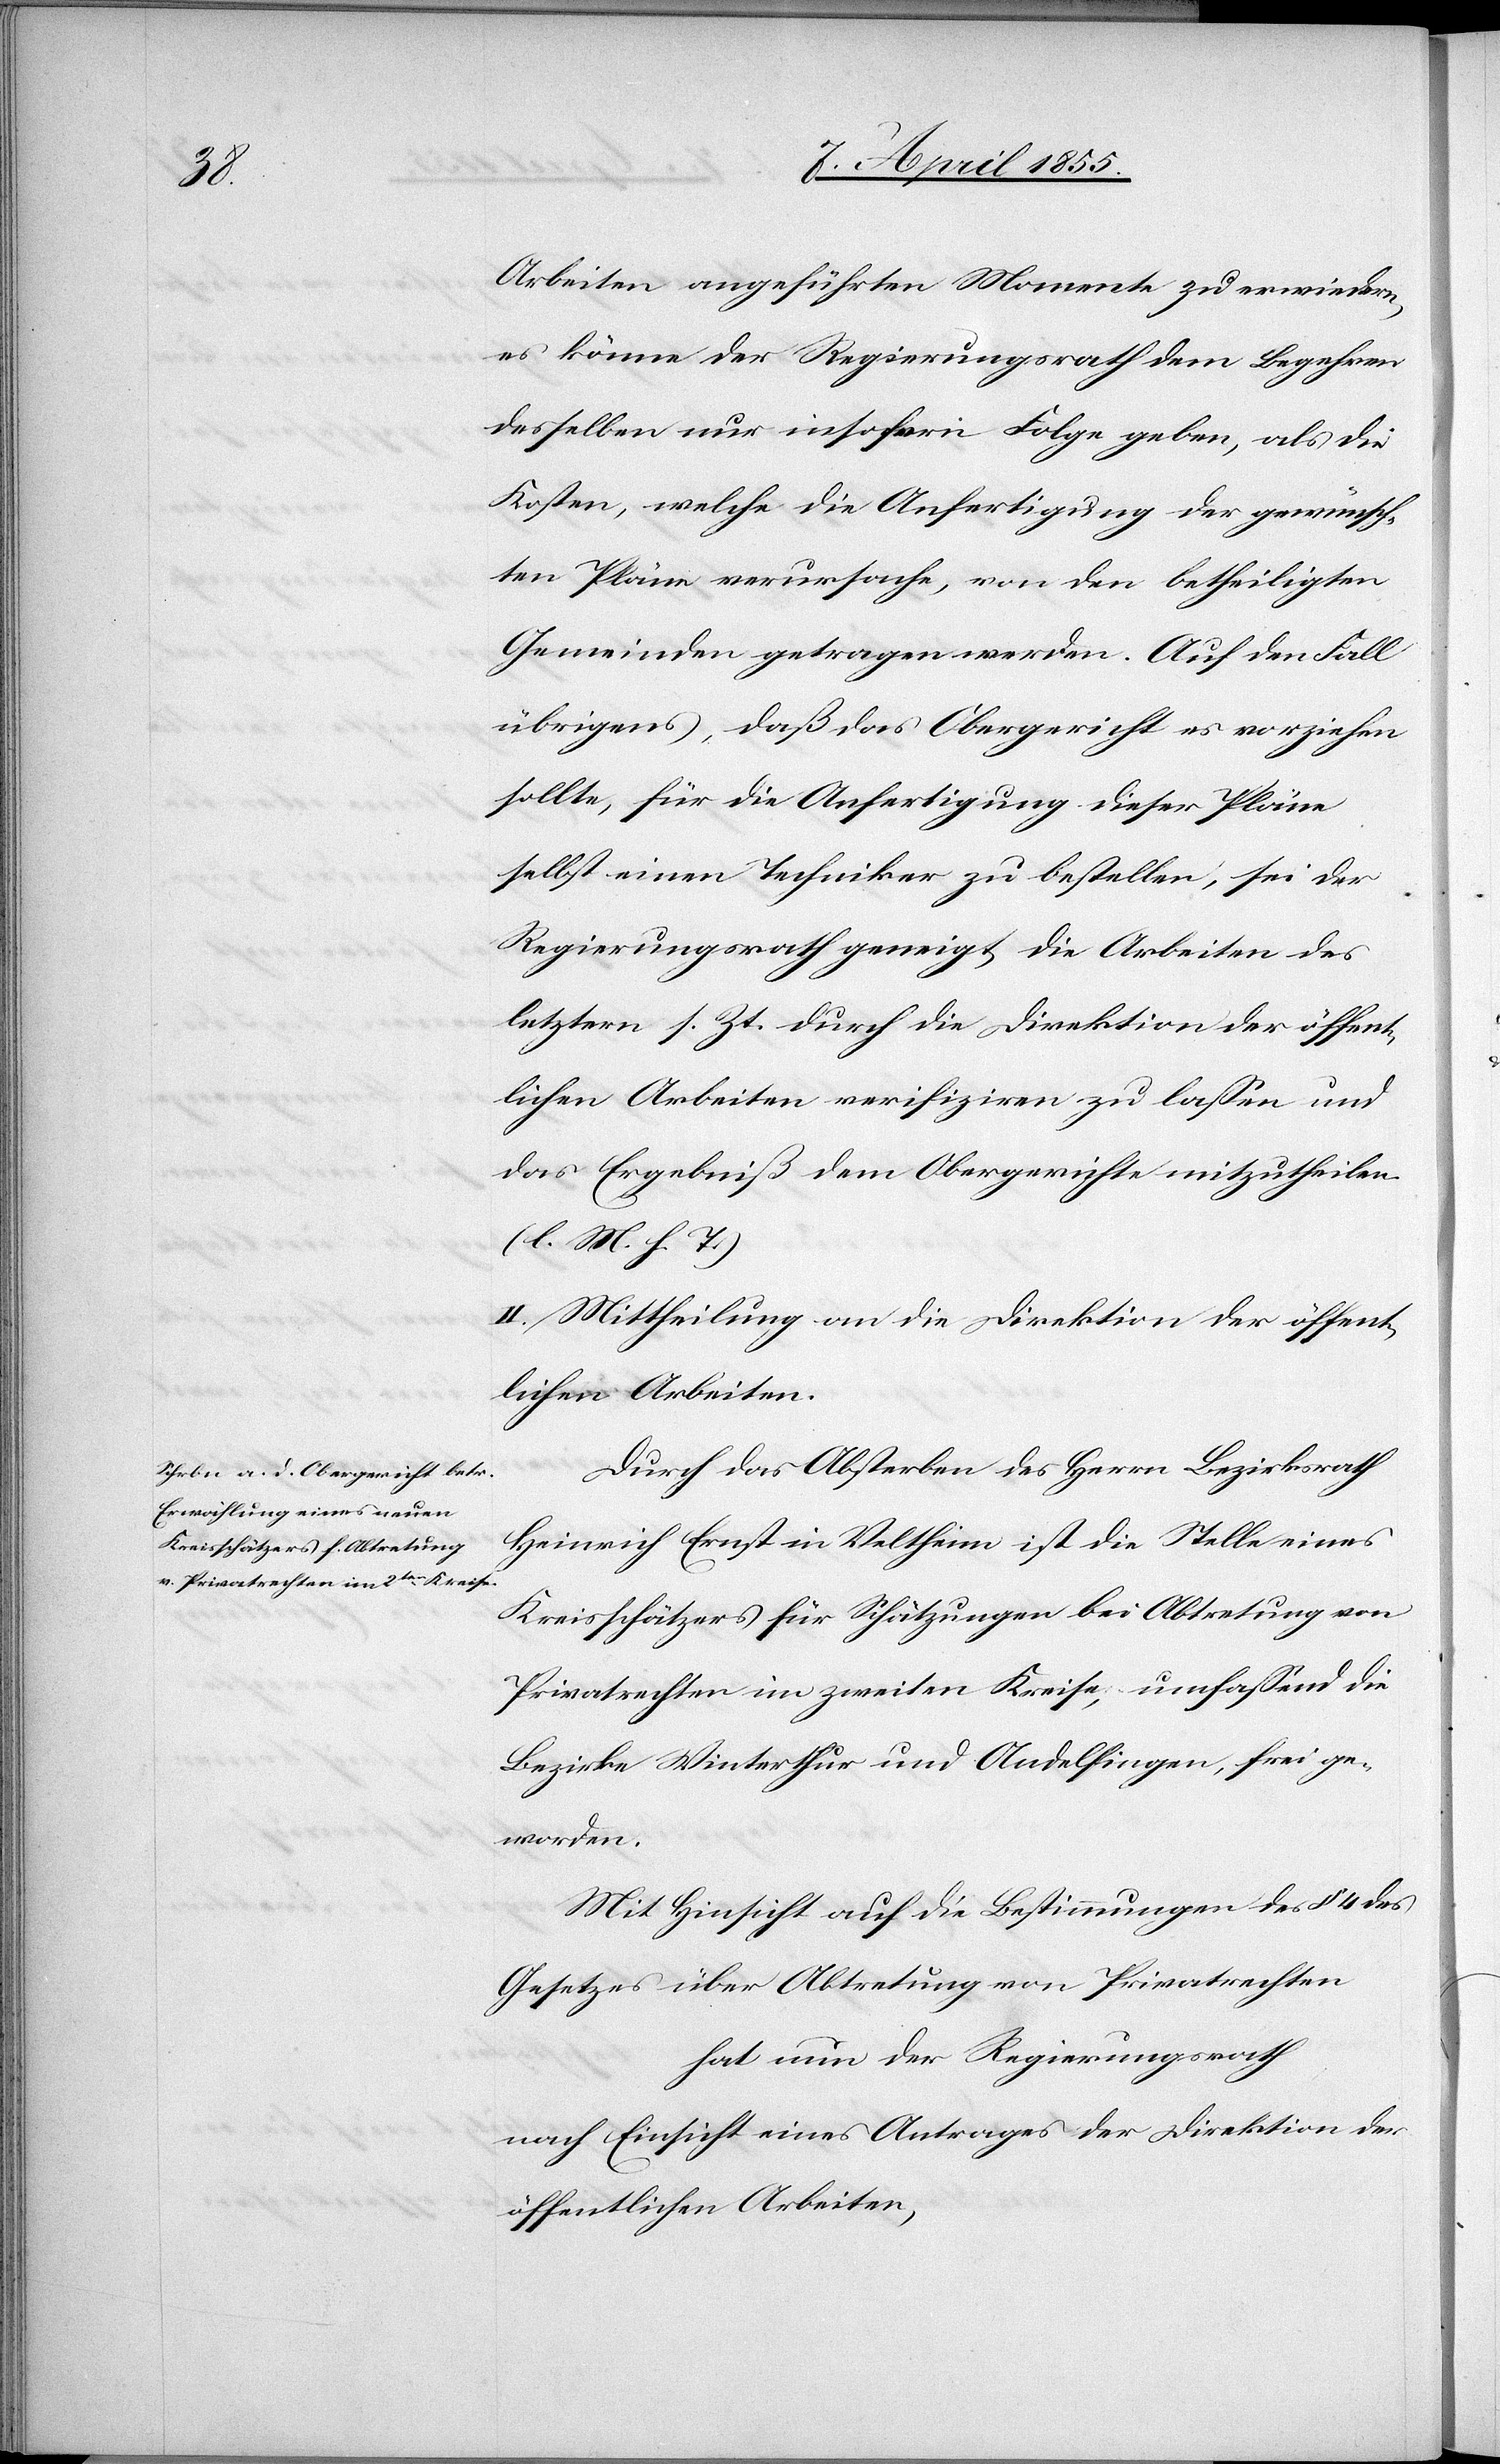
Arbeiten angeführten Momente zu erwiedern,
es könne der Regierungsrath dem Begehren
desselben nur insofern Folge geben, als die
Kosten, welche die Anfertigung der gewünsch¬
ten Pläne verursache, von den betheiligten
Gemeinden getragen werden. Auf den Fall
übrigens, daß das Obergericht es vorziehen
sollte, für die Anfertigung dieser Pläne
selbst einen Techniker zu bestellen, sei der
Regierungsrath geneigt, die Arbeiten des
letztern s. Zt. durch die Direktion der öffent¬
lichen Arbeiten verifiziren zu lassen und
das Ergebniß dem Obergerichte mitzutheilen.
(l. M. h. T.)
II. Mittheilung an die Direktion der öffent¬
lichen Arbeiten.
Durch das Absterben des Herrn Bezirksrath
Heinrich Ernst in Veltheim ist die Stelle eines
Kreisschätzers für Schätzungen bei Abtretung von
Privatrechten im zweiten Kreise, umfassend die
Bezirke Winterthur und Andelfingen, frei ge¬
worden.
Mit Hinsicht auf die Bestimmungen des § 4 des
Gesetzes über Abtretung von Privatrechten
hat nun der Regierungsrath,
nach Einsicht eines Antrages der Direktion der
öffentlichen Arbeiten,